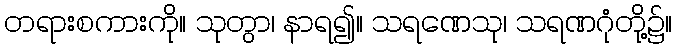
တရားစကားကို။ သုတွာ၊ နာရ၍။ သရဏေသု၊ သရဏဂုံတို့၌။